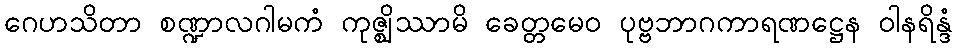
ဂေဟသိတာ စဏ္ဍာလဂါမကံ ကုဇ္ဈိဿာမိ ခေတ္တမေဝ ပုဗ္ဗဘာဂကာရဏဋ္ဌေန ဝါနရိန္ဒံ